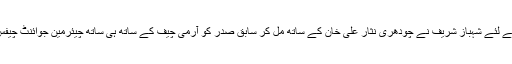
اپنے بھائی کو جنرل مشرف سے بچانے کے لئے شہباز شریف نے چودھری نثار علی خان کے ساتھ مل کر سابق صدر کو آرمی چیف کے ساتھ ہی ساتھ چیئرمین جوائنٹ چیفس آف سٹاف بنانے کا فیصلہ بھی تو کیا تھا۔